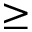
\ge